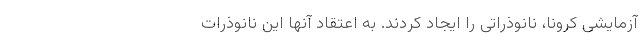
آزمایشی کرونا، نانوذراتی را ایجاد کردند. به اعتقاد آنها این نانوذرات